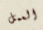
العمل